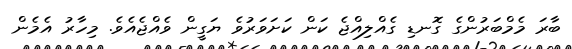
ބާރަ މެމްބަރުންގެ ގޮނޑި ގެއްލިއްޖެ ކަން ކަށަވަރުވެ ޔަގީން ވެއްޖެއެވެ. މިހާރު އެމެން